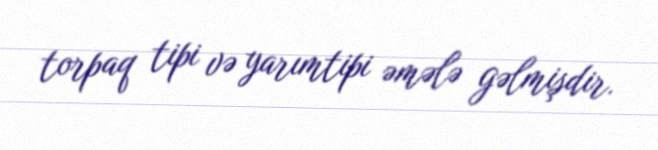
torpaq tipi və yarımtipi əmələ gəlmişdir.